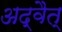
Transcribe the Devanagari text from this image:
अद्वैत्